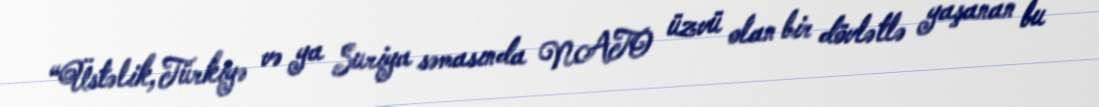
“Üstəlik, Türkiyə və ya Suriya səmasında NATO üzvü olan bir dövlətlə yaşanan bu